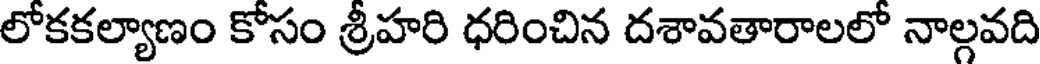
లోకకల్యాణం కోసం శ్రీహరి ధరించిన దశావతారాలలో నాల్గవది